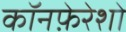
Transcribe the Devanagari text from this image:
कॉनफ़ेरेशो